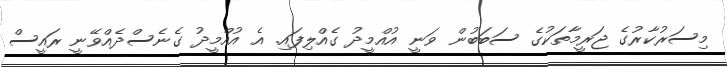
މިސަރުކާރުގެ ޖަރީމާތަކުގެ ސަބަބުން ވަނީ އުއްމީދު ގެއްލިފައި. އެ އުއްމީދު ގެނެސްދެއްވޭނީ ރައީސް